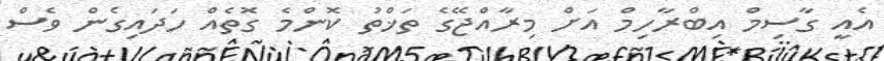
އެއީ ގާސިމް އިބްރާހިމް އަށް މިރާއްޖޭގެ ތަޚްތު ކޮންމެ ގޮތެއް ހަދައިގެން ވެސް